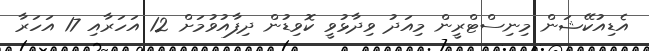
އެޑިއުކޭޝަން މިނިސްޓްރީން މިއަދު ވިދާޅުވީ ކޮވިޑުން ދިފާއުވުމަށް 12 އަހަރާއި 17 އަހަރާ